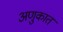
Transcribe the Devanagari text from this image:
अणुकात